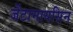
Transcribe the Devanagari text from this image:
जेंटामायसिन